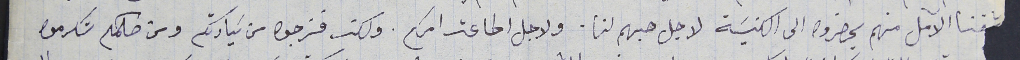
شفنا الآمل منهم يحضروا الى الكنيسَة لاجل حبهم لنا. ولاجل اطاعت امركم. ولكن فنرجوه من سَيادتكم ومن حكمكم تكرموه